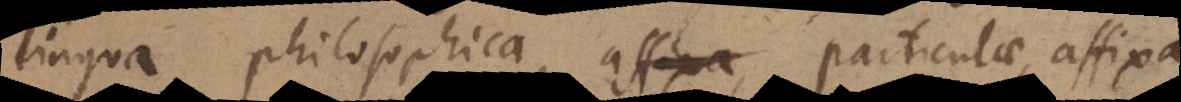
lingua philosophica, particulae, affixa